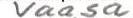
Vaasa